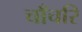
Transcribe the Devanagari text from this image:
चाँचरि